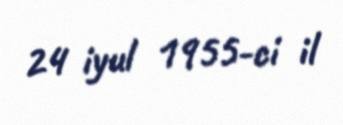
24 iyul 1955-ci il